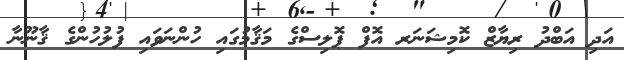
އަދި އަބްދު ރިޔާޒް ކޮމިޝަނަރ އޮފް ޕޮލިސްގެ މަޤާމުގައި ހުންނަވައި ފުލުހުންގެ ޤާނޫނާ